Document type: Sale
Year: 1354
Scribe: Bernat de Torre
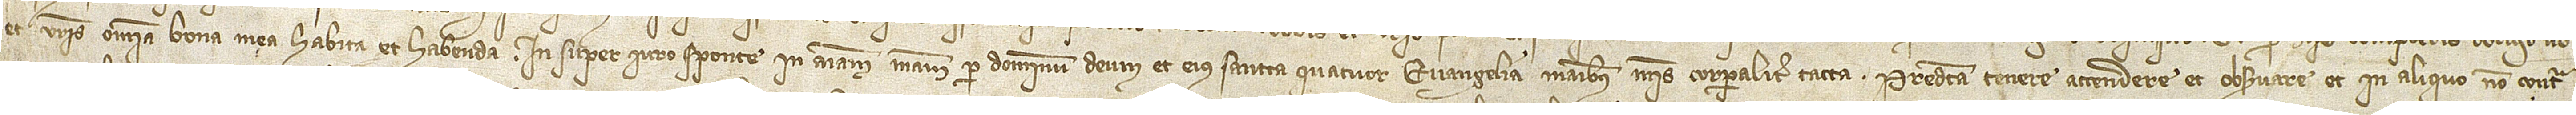
et vestris omnia bona mea, habita et habenda. Insuper iure sponte in animam meam per Dominum Deum et eius sancta quatuor Evangelia, manibus meis corporaliter tacta, predicta tenere, attendere et observare et in aliquo non contra-